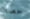
حصان